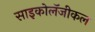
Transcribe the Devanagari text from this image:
साइकोलॅजीकल